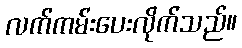
လက်ကမ်းပေးလိုက်သည်။